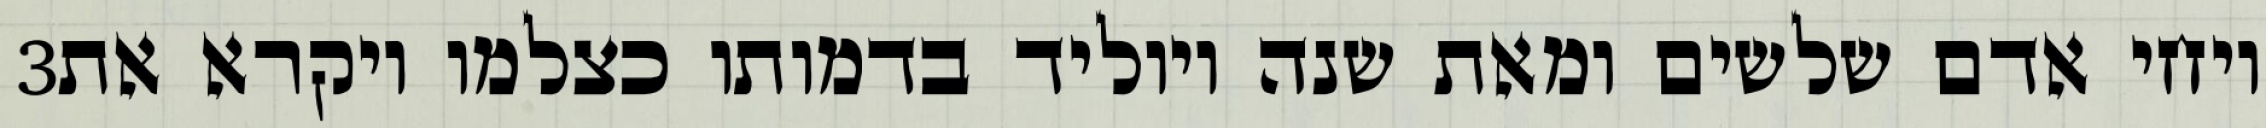
‎3‏ ויחי אדם שלשים ומאת שנה ויוליד בדמותו כצלמו ויקרא את